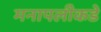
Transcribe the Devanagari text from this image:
मनापलीकडे